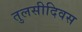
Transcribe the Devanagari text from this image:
तुलसीदिवस